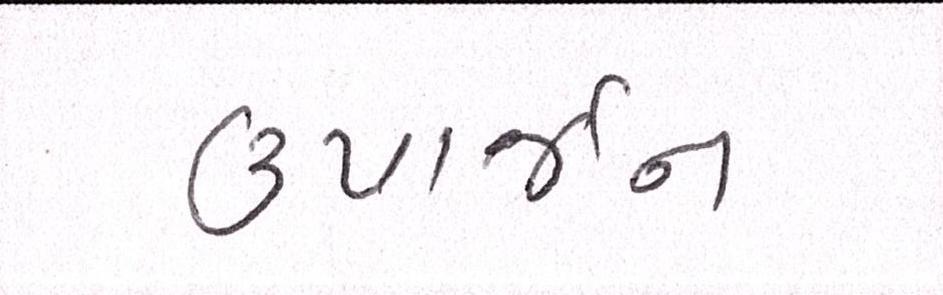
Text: ઉપાર્જન